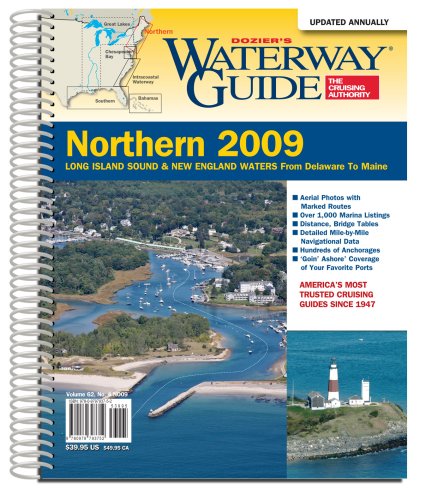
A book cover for Dozier's Waterway Guide 2009 Northern Edition (Waterway Guide Northern Edition); Gary Reich; Travel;